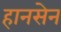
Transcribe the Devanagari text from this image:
हानसेन